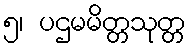
၅၊ ပဌမမိတ္တသုတ္တ